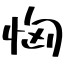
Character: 恟